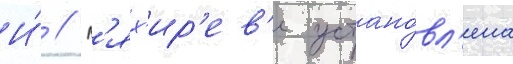
И́ // В'ях'ир'ев'е устано́вл'ена